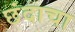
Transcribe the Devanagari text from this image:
छंदाचा